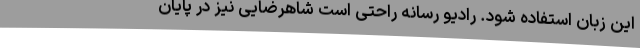
این زبان استفاده شود. رادیو رسانه راحتی است شاهرضایی نیز در پایان